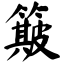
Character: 簸